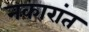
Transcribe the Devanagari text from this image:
नकारांत